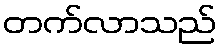
တက်လာသည်